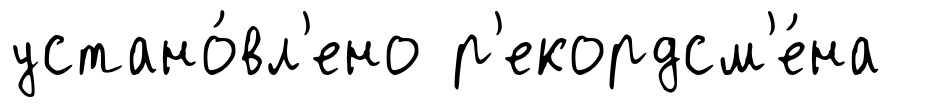
устано́вл'ено р'екордсм'е́на